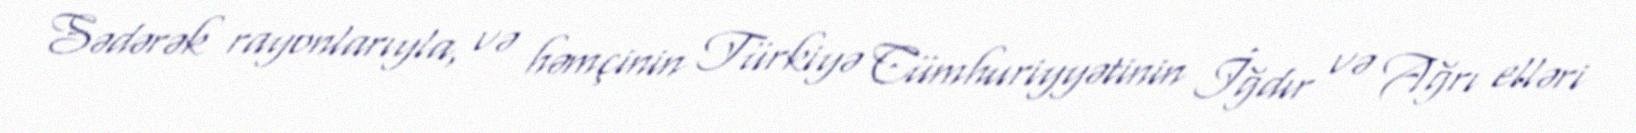
Sədərək rayonlarıyla, və həmçinin Türkiyə Cümhuriyyətinin İğdır və Ağrı elləri